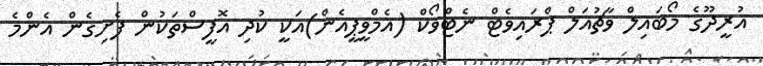
އުރީދޫގެ މޯބައިލް ވާޗުއަލް ޕްރައިވެޓް ނެޓްވޯކް (އެމްވީޕީއެން)އަކީ ކުދި އޮފީސްތަކުން ފެށިގެން އެންމެ